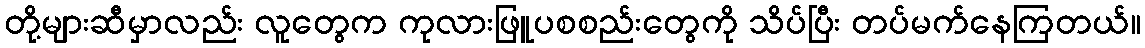
တို့များဆီမှာလည်း လူတွေက ကုလားဖြူပစစည်းတွေကို သိပ်ပြီး တပ်မက်နေကြတယ်။